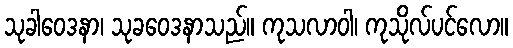
သုခါဝေဒနာ၊ သုခဝေဒနာသည်။ ကုသလာဝါ၊ ကုသိုလ်ပင်လော။